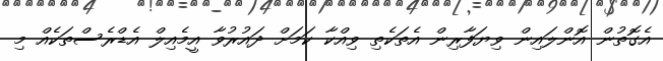
އެގޮތުން އޮންލައިން ވިޔަފާރިން އެތަކެތި ވިއްކާ ކަމަށް ދައުރުވާ އީމެއިލް އެޑްރެސްތަކެއް މި